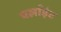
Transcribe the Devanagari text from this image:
पर्लाईट